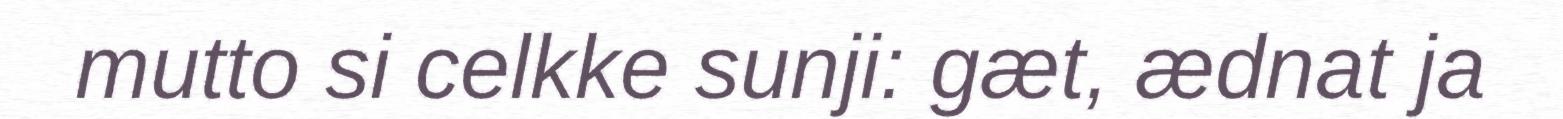
mutto si celkke sunji: gæt, ædnat ja